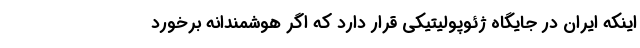
اینکه ایران در جایگاه ژئوپولیتیکی قرار دارد که اگر هوشمندانه برخورد